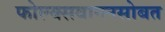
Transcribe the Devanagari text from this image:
फोल्क्सवागनसोबत